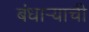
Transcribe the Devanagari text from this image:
बंधार्‍याची